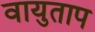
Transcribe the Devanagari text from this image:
वायुताप